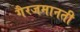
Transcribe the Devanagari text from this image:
गैरजमानती